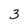
Character: 3